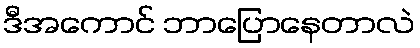
ဒီအကောင် ဘာပြောနေတာလဲ